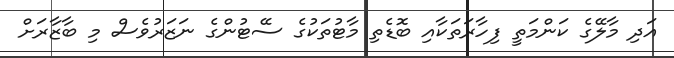
އަދި މާލޭގެ ކަންމަތީ ފިހާރަތަކާއި ބޮޑެތި މާޓުތަކުގެ ސޭޓުންގެ ނަޒަރުވެސް މި ބާޒާރަށް